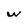
Character: w